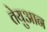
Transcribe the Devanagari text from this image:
तेयुआन